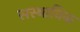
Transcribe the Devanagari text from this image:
सस्थानिक